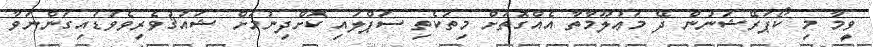
ވީމާ މި ކޯޕަރޭޝަނުން ދޭ މަޢުލޫމާތާ އެއްގޮތަށް މިތަކެތި ސަޕްލައި ކޮށްދިނުމަށް ޝައުޤުވެރިވެވަޑައިގަންނަވާ